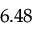
_ { 6 . 4 8 }